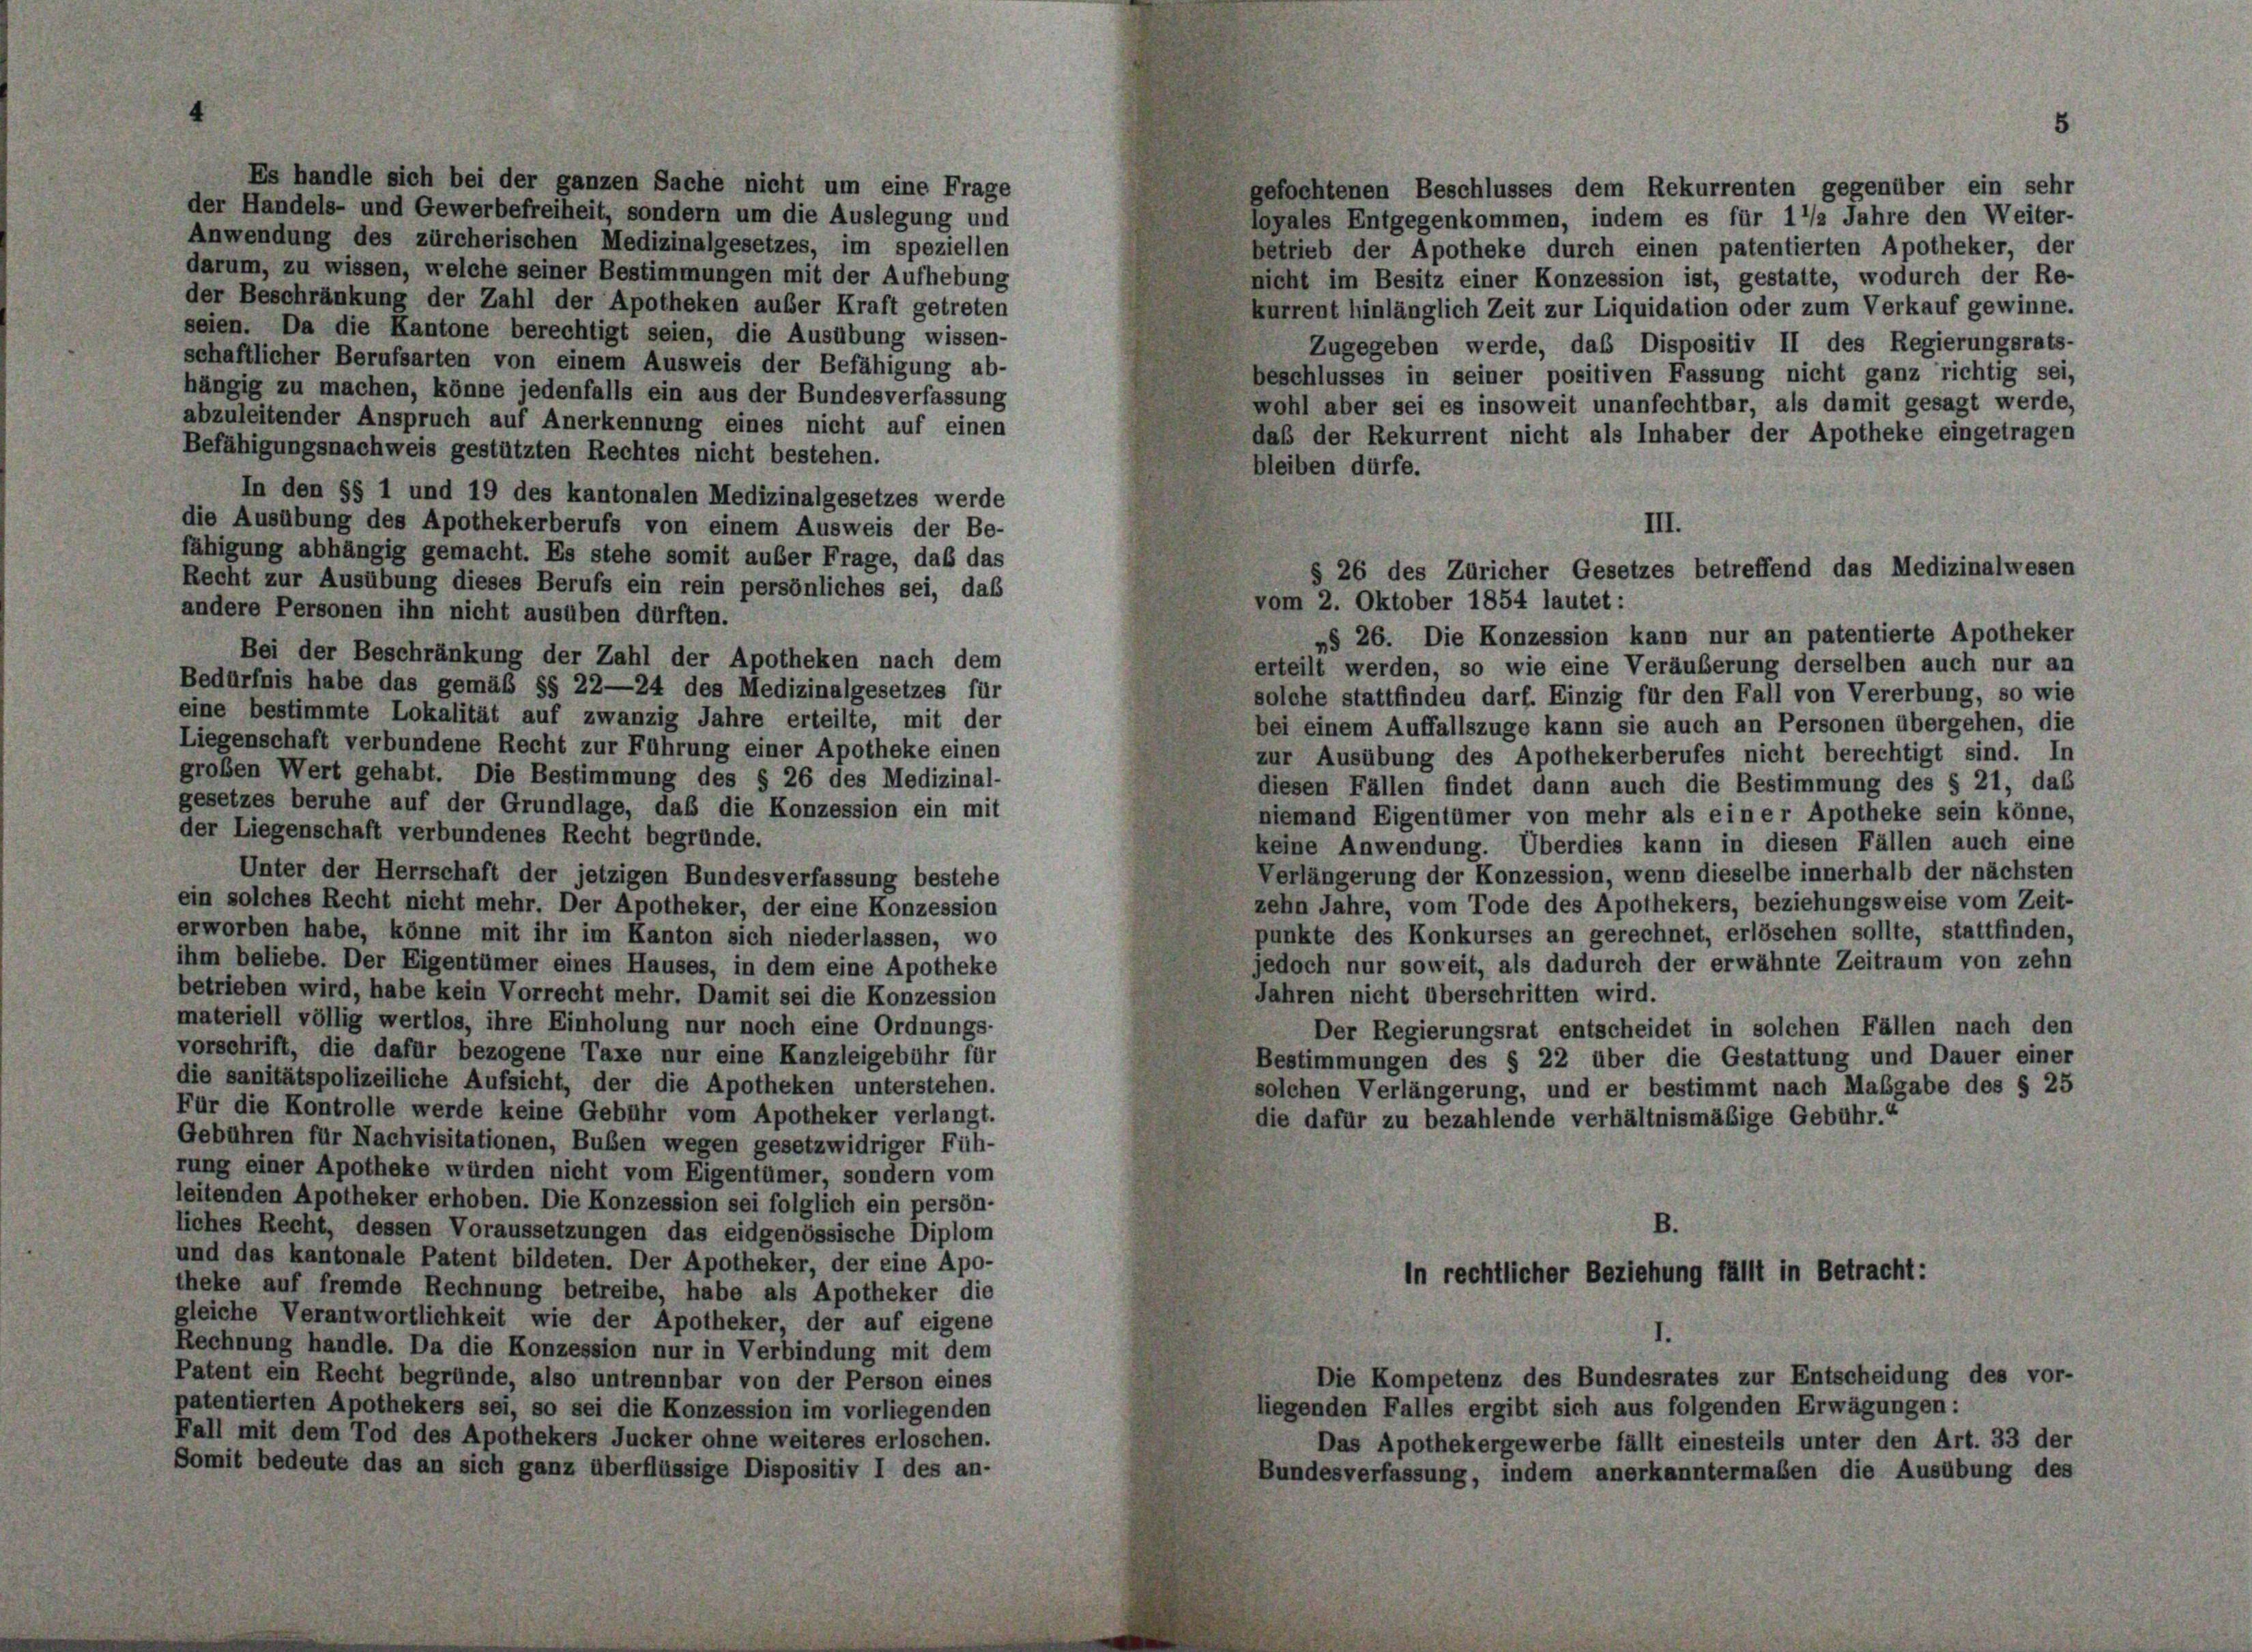
Es handle sich bei der ganzen Sache nicht um eine Frage
der Handels- und Gewerbefreiheit, sondern um die Auslegung und
Anwendung des zürcherischen Medizinalgesetzes, im speziellen
darum, zu wissen, welche seiner Bestimmungen mit der Aufhebung
der Beschränkung der Zahl der Apotheken außer Kraft getreten
seien. Da die Kantone berechtigt seien, die Ausübung wissen-
schaftlicher Berufsarten von einem Ausweis der Befähigung ab-
hängig zu machen, könne jedenfalls ein aus der Bundesverfassung
abzuleitender Anspruch auf Anerkennung eines nicht auf einen
Befähigungsnachweis gestützten Rechtes nicht bestehen.
In den §§ 1 und 19 des kantonalen Medizinalgesetzes werde
die Ausübung des Apothekerberufs von einem Ausweis der Be-
fähigung abhängig gemacht. Es stehe somit auber Frage, das das
Recht zur Ausübung dieses Berufs ein rein persönliches sei, das
andere Personen ihn nicht ausüben dürften.
Bei der Beschränkung der Zahl der Apotheken nach dem
Bedürfnis habe das gemäß §§ 22—24 des Medizinalgesetzes für
eine bestimmte Lokalität auf zwanzig Jahre erteilte, mit der
Liegenschaft verbundene Recht zur Führung einer Apotheke einen
großen Wert gehabt. Die Bestimmung des § 26 des Medizinal-
gesetzes beruhe auf der Grundlage, daß die Konzession ein mit
der Liegenschaft verbundenes Recht begründe.
Unter der Herrschaft der jetzigen Bundesverfassung bestehe
ein solches Recht nicht mehr. Der Apotheker, der eine Konzession
erworben habe, könne mit ihr im Kanton sich niederlassen, wo
ihm beliebe. Der Eigentümer eines Hauses, in dem eine Apotheke
betrieben wird, habe kein Vorrecht mehr. Damit sei die Konzession
materiell völlig wertlos, ihre Einholung nur noch eine Ordnungs-
vorschrift, die dafür bezogene Taxe nur eine Kanzleigebühr für
die sanitätspolizeiliche Aufsicht, der die Apotheken unterstehen.
Für die Kontrolle werde keine Gebühr vom Apotheker verlangt.
Gebühren für Nachvisitationen, Buben wegen gesetzwidriger Füh-
rung einer Apotheke würden nicht vom Eigentümer, sondern vom
leitenden Apotheker erhoben. Die Konzession sei folglich ein persön-
liches Recht, dessen Voraussetzungen das eidgenössische Diplom
und das kantonale Patent bildeten. Der Apotheker, der eine Apo-
theke auf fremde Rechnung betreibe, habe als Apotheker die
gleiche Verantwortlichkeit wie der Apotheker, der auf eigene
Rechnung handle. Da die Konzession nur in Verbindung mit dem
Patent ein Recht begründe, also untrennbar von der Person eines
patentierten Apothekers sei, so sei die Konzession im vorliegenden
Fall mit dem Tod des Apothekers Jucker ohne weiteres erloschen.
Somit bedeute das an sich ganz überflüssige Dispositiv I des an-

bleiben dürfe.
§ 26 des Züricher Gesetzes betreffend das Medizinalwesen
»§ 26. Die Konzession kann nur an patentierte Apotheker
erteilt werden, so wie eine Veräußerung derselben auch nur an
solche stattfinden darf. Einzig für den Fall von Vererbung, so wie
bei einem Auffallszüge kann sie auch an Personen übergehen, die
zur Ausübung des Apothekerberufes nicht berechtigt sind. In
diesen Fällen findet dann auch die Bestimmung des § 21, das
niemand Eigentümer von mehr als einer Apotheke sein könne,
keine Anwendung. Überdies kann in diesen Fällen auch eine
Verlängerung der Konzession, wenn dieselbe innerhalb der nächsten
zehn Jahre, vom Tode des Apothekers, beziehungsweise vom Zeit-
punkte des Konkurses an gerechnet, erlöschen sollte, stattfinden,
jedoch nur soweit, als dadurch der erwähnte Zeitraum von zehn
Jahren nicht überschritten wird.
Der Regierungsrat entscheidet in solchen Fällen nach den
Bestimmungen des § 22 über die Gestattung und Dauer einer
solchen Verlängerung, und er bestimmt nach Maßgabe des § 25
die dafür zu bezahlende verhältnismäßige Gebühr.

III.
vom 2. Oktober 1854 lautet:

gefochtenen Beschlusses dem Rekurrenten gegenüber ein sehr
loyales Entgegenkommen, indem es für 1 1/2 Jahre den Weiter-
betrieb der Apotheke durch einen patentierten Apotheker, der
nicht im Besitz einer Konzession ist, gestatte, wodurch der Re-
kurrent hinlänglich Zeit zur Liquidation oder zum Verkauf gewinne.
Zugegeben werde, das Dispositiv II des Regierungsrats-
beschlusses in seiner positiven Fassung nicht ganz richtig sei,
wohl aber sei es insoweit unanfechtbar, als damit gesagt werde,
daß der Rekurrent nicht als Inhaber der Apotheke eingetragen

in rechtlicher Beziehung fällt in Betracht:

Die Kompetenz des Bundesrates zur Entscheidung des vor-
liegenden Falles ergibt sich aus folgenden Erwägungen:
Das Apothekergewerbe fällt einesteils unter den Art. 33 der
Bundesverfassung, indem anerkanntermaßen die Ausübung des